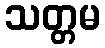
သတ္တမ